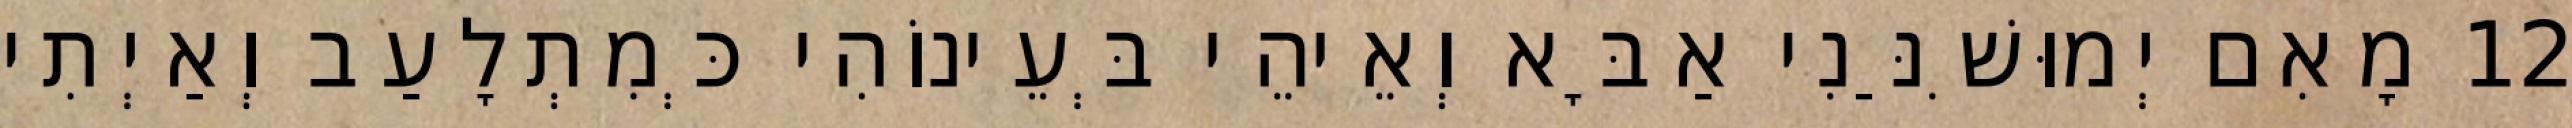
12 מָאִם יְמוּשִׁנַּנִי אַבָּא וְאֵיהֵי בְּעֵינוֹהִי כְּמִתְלָעַב וְאַיְתִי